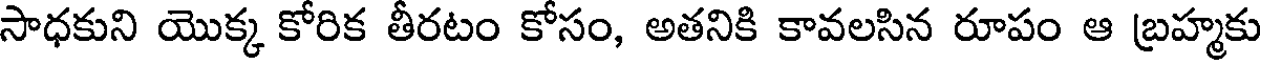
సాధకుని యొక్క కోరిక తీరటం కోసం, అతనికి కావలసిన రూపం ఆ బ్రహ్మకు